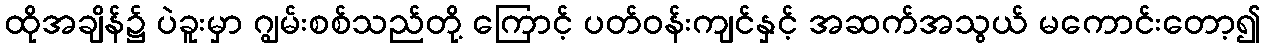
ထိုအချိန်၌ ပဲခူးမှာ ဂျွမ်းစစ်သည်တို့ ကြောင့် ပတ်ဝန်းကျင်နှင့် အဆက်အသွယ် မကောင်းတော့၍